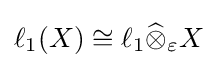
\ell _{1}(X)\cong \ell _{1}{\widehat {\otimes }}_{\varepsilon }X